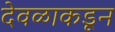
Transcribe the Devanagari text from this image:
देवळाकडून